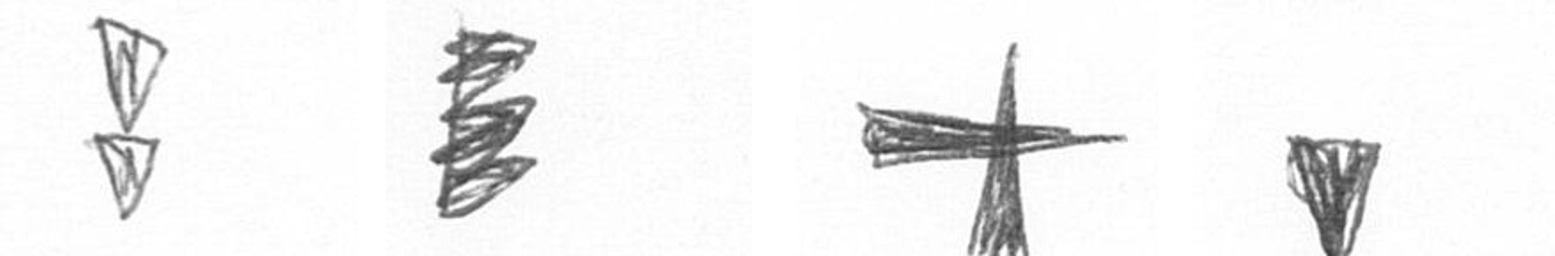
Z H G J